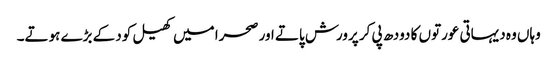
وہاں وہ دیہاتی عورتوں کا دودھ پی کر پرورش پاتے اور صحرا میں کھیل کود کے بڑے ہوتے۔